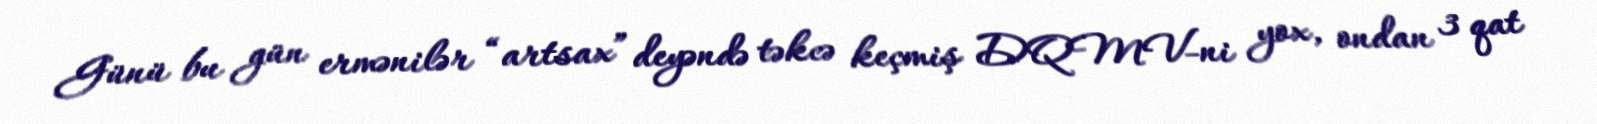
Günü bu gün ermənilər “artsax” deyəndə təkcə keçmiş DQMV-ni yox, ondan 3 qat